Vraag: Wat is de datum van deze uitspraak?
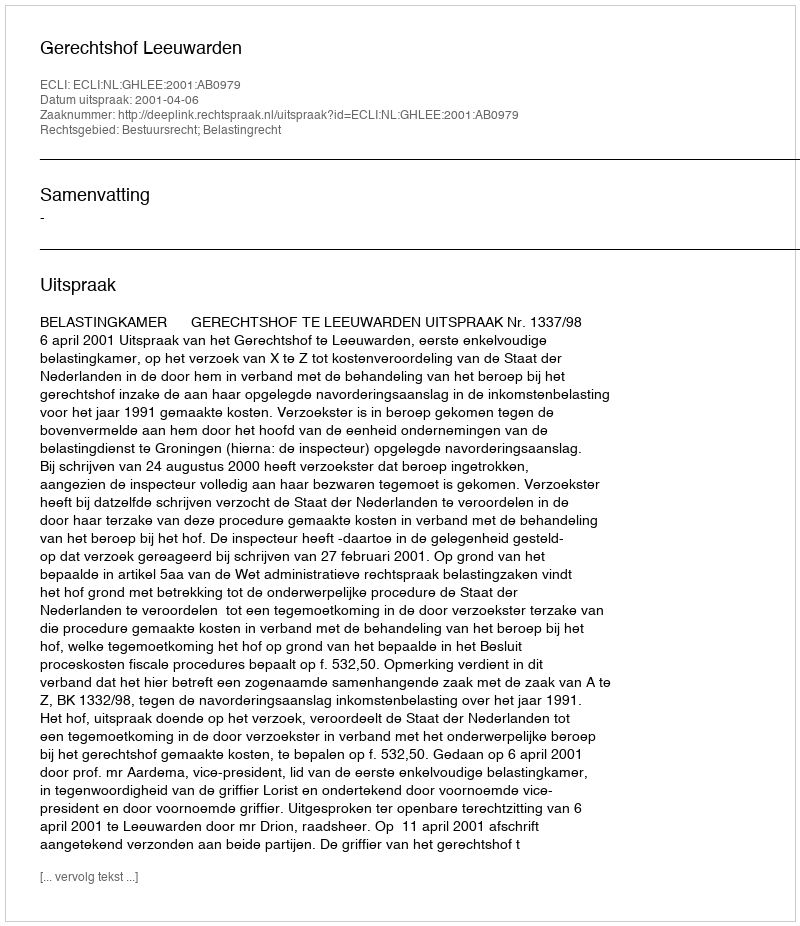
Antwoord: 2001-04-06